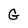
Character: G